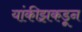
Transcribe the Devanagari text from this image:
यांकीझकडून